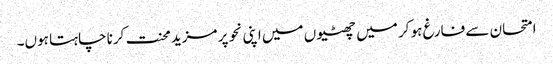
امتحان سے فارغ ہو کر میں چھٹیوں میں اپنی نحو پر مزید محنت کرنا چاہتا ہوں۔